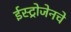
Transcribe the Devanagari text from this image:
ईस्ट्रोजेनचे